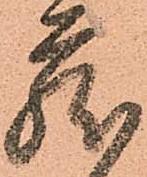
蔵